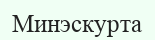
Минэскурта